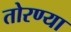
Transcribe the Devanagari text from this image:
तोरण्या